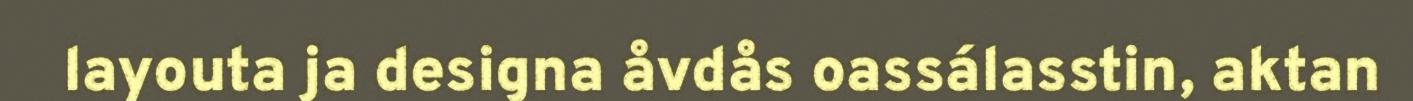
layouta ja designa åvdås oassálasstin, aktan